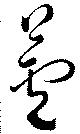
蘆